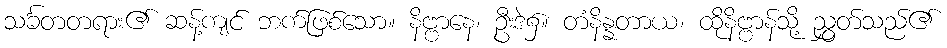
သင်္ခတတရား၏ ဆန့်ကျင် ဘက်ဖြစ်သော။ နိဗ္ဗာနေ၊ ဦးဒဲ၌။ တံနိန္နတာယ၊ ထိုနိဗ္ဗာန်သို့ ညွှတ်သည်၏